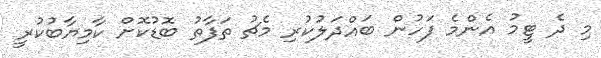
މި ދެ ޓީމު އެންމެ ފަހުން ބައްދަލުކުރި މެޗު ތަފާތު ބޮޑުކޮށް ކާމިޔާބުކުރީ